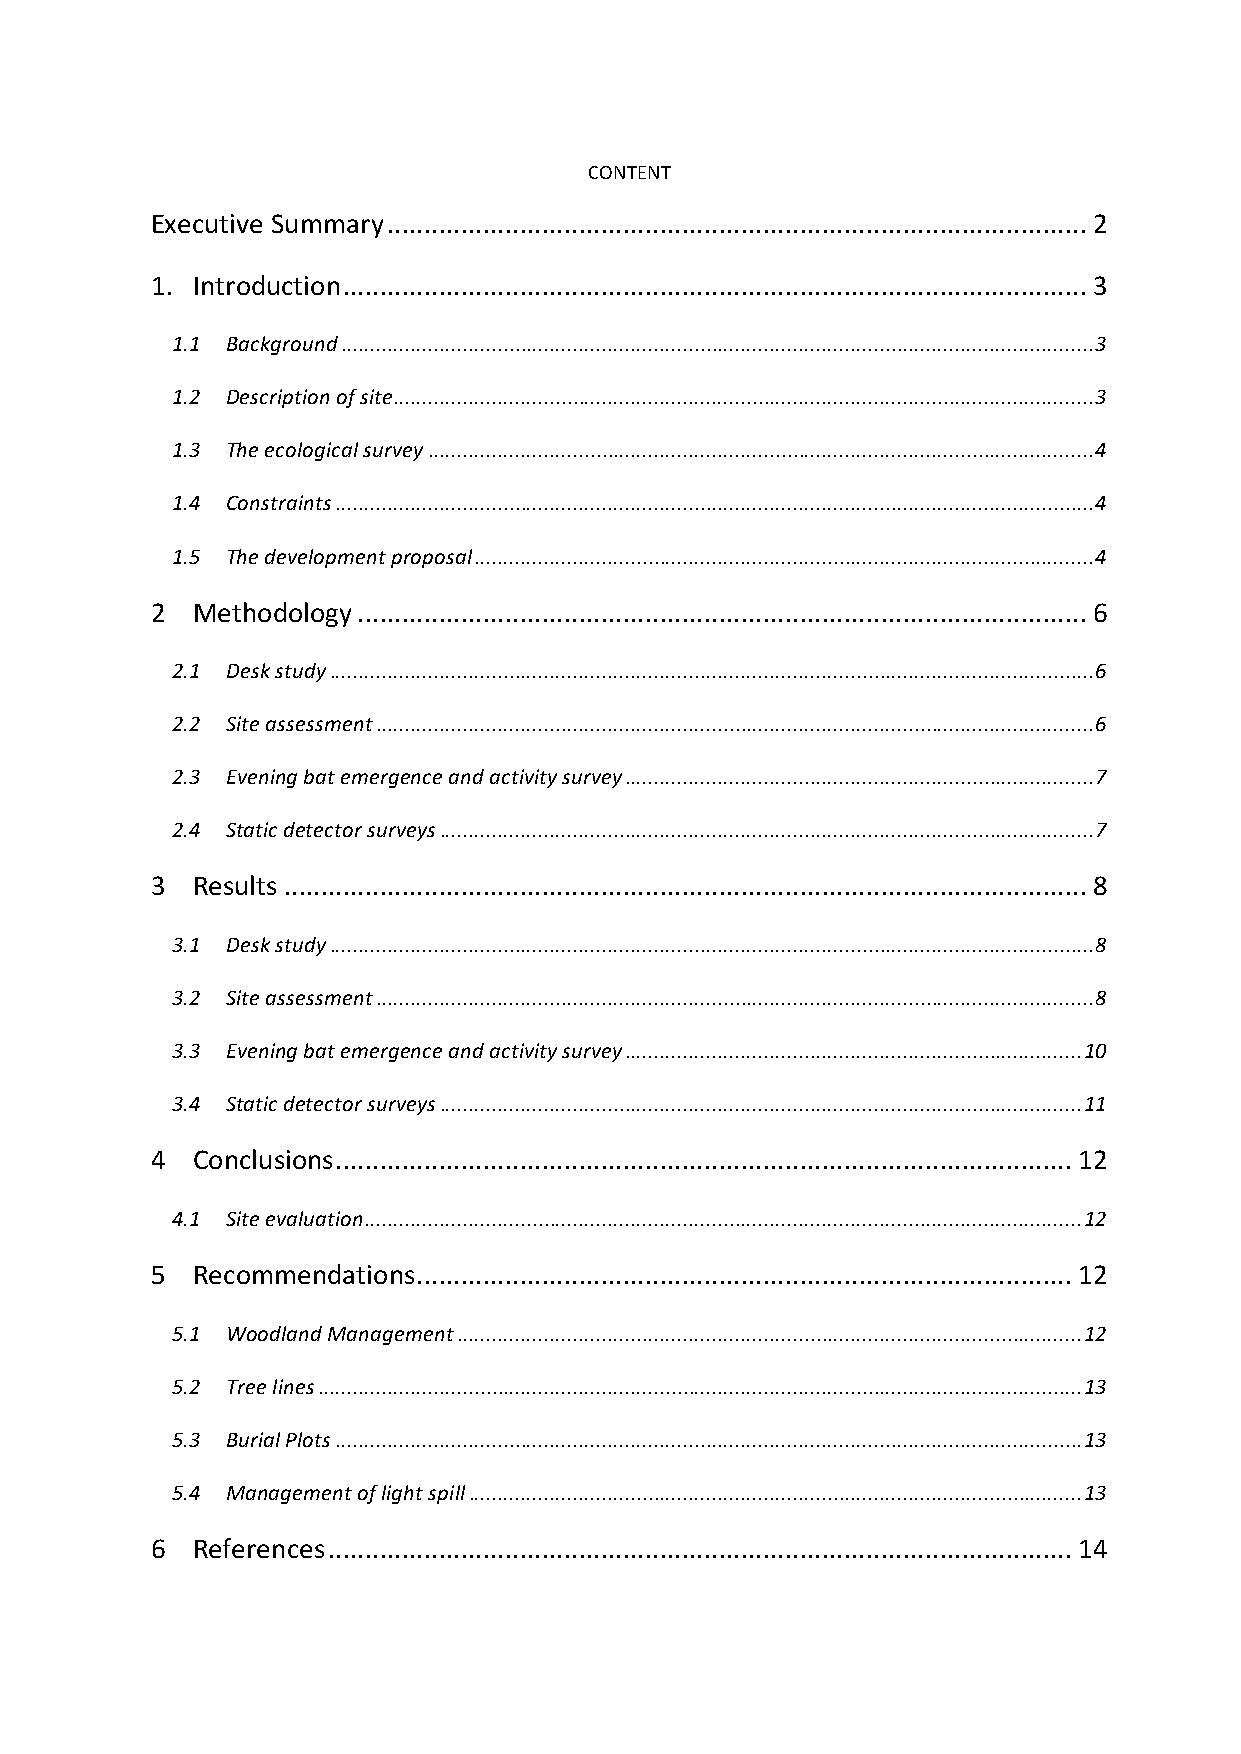
CONTENT
 Executive Summary ............................................................................................... 2
 1. Introduction ..................................................................................................... 3
 1.1 Background .................................................................................................................................. 3
 1.2 Description of site ......................................................................................................................... 3
 1.3 The ecological survey ................................................................................................................... 4
 1.4 Constraints ................................................................................................................................... 4
 1.5 The development proposal ........................................................................................................... 4
 2  Methodology ................................................................................................... 6
 2.1 Desk study .................................................................................................................................... 6
 2.2 Site assessment ............................................................................................................................ 6
 2.3 Evening bat emergence and activity survey ................................................................................. 7
 2.4 Static detector surveys ................................................................................................................. 7
 3  Results ............................................................................................................. 8
 3.1 Desk study .................................................................................................................................... 8
 3.2 Site assessment ............................................................................................................................ 8
 3.3 Evening bat emergence and activity survey ............................................................................... 10
 3.4 Static detector surveys ............................................................................................................... 11
 4  Conclusions .................................................................................................... 12
 4.1 Site evaluation ............................................................................................................................ 12
 5  Recommendations ......................................................................................... 12
 5.1 Woodland Management ............................................................................................................ 12
 5.2 Tree lines .................................................................................................................................... 13
 5.3 Burial Plots ................................................................................................................................. 13
 5.4 Management of light spill .......................................................................................................... 13
 6  References ..................................................................................................... 14